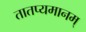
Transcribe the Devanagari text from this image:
तातप्यमानम्